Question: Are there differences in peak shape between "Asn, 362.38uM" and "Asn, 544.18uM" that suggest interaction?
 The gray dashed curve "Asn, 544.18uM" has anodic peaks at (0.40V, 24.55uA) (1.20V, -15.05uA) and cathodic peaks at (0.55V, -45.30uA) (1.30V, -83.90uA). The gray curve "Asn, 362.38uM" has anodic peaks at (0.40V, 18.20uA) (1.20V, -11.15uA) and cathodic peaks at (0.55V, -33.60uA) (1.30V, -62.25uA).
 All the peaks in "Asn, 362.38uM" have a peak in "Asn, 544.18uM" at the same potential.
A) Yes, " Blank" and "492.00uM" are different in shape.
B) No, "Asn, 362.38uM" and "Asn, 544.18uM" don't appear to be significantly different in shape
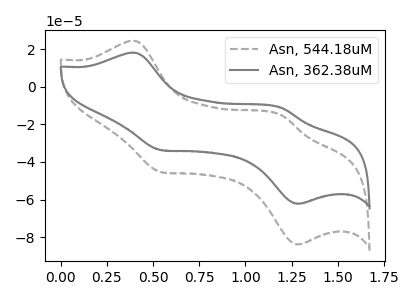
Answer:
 <answer>B) No, "Asn, 362.38uM" and "Asn, 544.18uM" don't appear to be significantly different in shape</answer>
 <eval>B</eval>